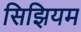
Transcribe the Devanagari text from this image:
सिझियम